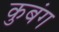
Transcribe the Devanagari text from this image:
कुबंग